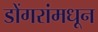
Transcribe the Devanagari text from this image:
डोंगरांमधून